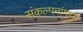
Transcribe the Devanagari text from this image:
संकल्पनांमध्ये